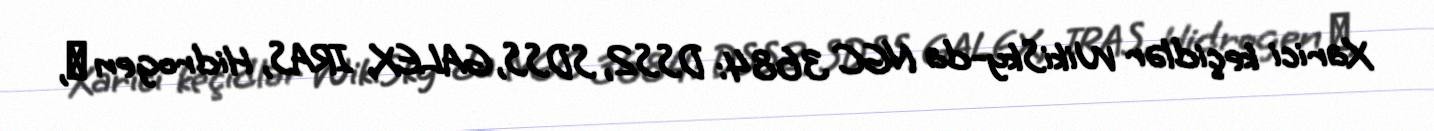
Xarici keçidlər WikiSky-da NGC 3684: DSS2, SDSS, GALEX, IRAS, Hidrogen α,